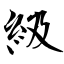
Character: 級